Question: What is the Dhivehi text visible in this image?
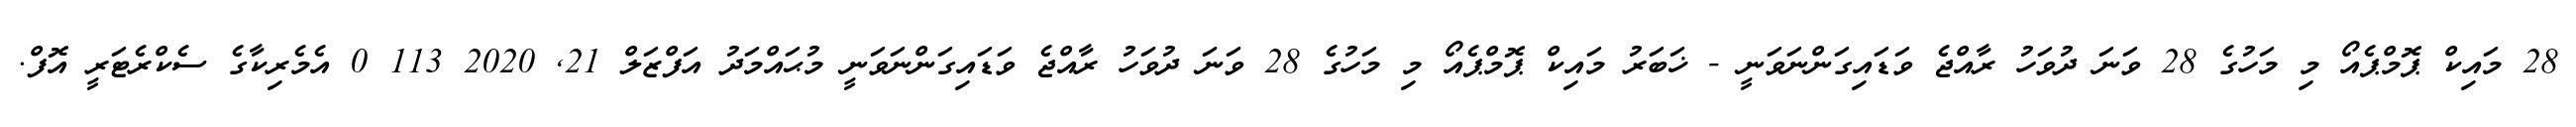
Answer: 28 މައިކް ޕޮމްޕެއޯ މި މަހުގެ 28 ވަނަ ދުވަހު ރާއްޖެ ވަޑައިގަންނަވަނީ - ޚަބަރު މައިކް ޕޮމްޕެއޯ މި މަހުގެ 28 ވަނަ ދުވަހު ރާއްޖެ ވަޑައިގަންނަވަނީ މުޙައްމަދު އަފްޒަލް 21, 2020 113 0 އެމެރިކާގެ ސެކްރެޓަރީ އޮފް.